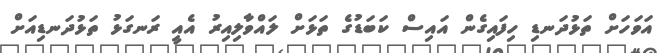
އަވަހަށް ތަޅުދަނޑި ހިފައިގެން އައިސް ކަބަޑުގެ ތަޅަށް ލައްވާލިއިރު އެއީ ރަނގަޅު ތަޅުދަނޑިއަށް